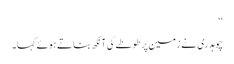
‘‘
چوہدری نے زمین پر طوطے کی آنکھ بناتے ہوئے کہا۔